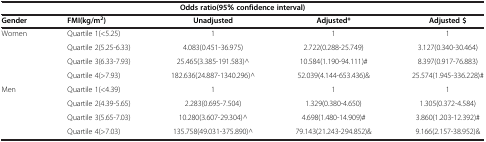
<table><thead><tr><td colspan="5"><b>Odds ratio(95% confidence interval)</b></td></tr><tr><td><b>Gender</b></td><td><b>FMI(kg/m<sup>2</sup>)</b></td><td><b>Unadjusted</b></td><td><b>Adjusted*</b></td><td><b>Adjusted $</b></td></tr></thead><tbody><tr><td>Women</td><td>Quartile 1(&lt;5.25)</td><td>1</td><td>1</td><td>1</td></tr><tr><td> </td><td>Quartile 2(5.25-6.33)</td><td>4.083(0.451-36.975)</td><td>2.722(0.288-25.749)</td><td>3.127(0.340-30.464)</td></tr><tr><td> </td><td>Quartile 3(6.33-7.93)</td><td>25.465(3.385-191.583)^</td><td>10.584(1.190-94.111)#</td><td>8.397(0.917-76.883)</td></tr><tr><td> </td><td>Quartile 4(&gt;7.93)</td><td>182.636(24.887-1340.296)^</td><td>52.039(4.144-653.436)&amp;</td><td>25.574(1.945-336.228)#</td></tr><tr><td>Men</td><td>Quartile 1(&lt;4.39)</td><td>1</td><td>1</td><td>1</td></tr><tr><td> </td><td>Quartile 2(4.39-5.65)</td><td>2.283(0.695-7.504)</td><td>1.329(0.380-4.650)</td><td>1.305(0.372-4.584)</td></tr><tr><td> </td><td>Quartile 3(5.65-7.03)</td><td>10.280(3.607-29.304)^</td><td>4.698(1.480-14.909)#</td><td>3.860(1.203-12.392)#</td></tr><tr><td> </td><td>Quartile 4(&gt;7.03)</td><td>135.758(49.031-375.890)^</td><td>79.143(21.243-294.852)&amp;</td><td>9.166(2.157-38.952)&amp;</td></tr></tbody></table>